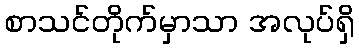
စာသင်တိုက်မှာသာ အလုပ်ရှိ